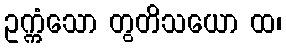
ဥက္ကံသော တွတိသယော ထ၊